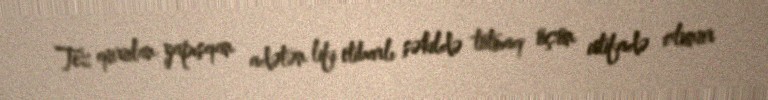
Tez qurulan yapışqan adətən lifi etibarlı şəkildə tutmaq üçün istifadə olunur